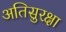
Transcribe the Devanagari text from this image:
अतिसुरक्षा